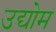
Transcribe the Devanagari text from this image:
उद्योम